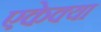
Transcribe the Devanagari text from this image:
एकेक्या